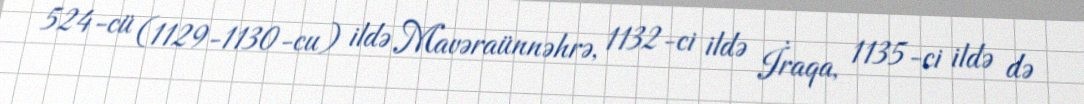
524-cü (1129-1130-cu) ildə Mavəraünnəhrə, 1132-ci ildə İraqa, 1135-ci ildə də